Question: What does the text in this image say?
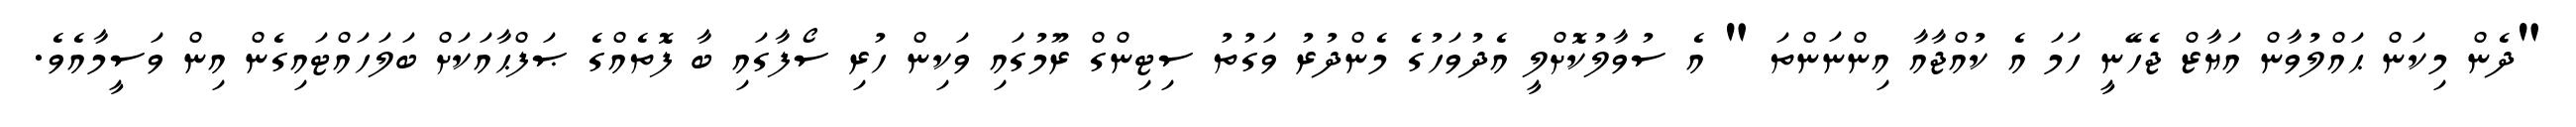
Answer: "ދެން މިކަން ޙައްލުވާން އަޔާޒް ޖެހޭނީ ހަމަ އެ ކުއްޖާއާ އިންނަންތަ " އެ ސުވާލުކޮށްލީ އެދުވަހުގެ މެންދުރު ވަގުތު ސިޓިންގް ރޫމުގައި ވަކިން ހުރި ސޯފާގައި ބާ ފޮތެއްގެ ޞަފްޙާއަކަށް ބަލަހައްޓައިގެން އިން ވަސީމާއެވެ.